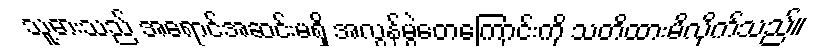
သူ့ဓားသည် အရောင်အဆင်းမရှိ အလွန်မွဲတေကြောင်းကို သတိထားမိလိုက်သည်။